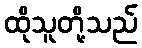
ထိုသူတို့သည်